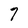
Character: 7